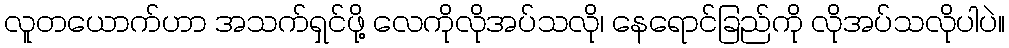
လူတယောက်ဟာ အသက်ရှင်ဖို့ လေကိုုလိုုအပ်သလို၊ နေရောင်ခြည်ကိုု လိုုအပ်သလိုုပါပဲ။